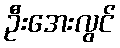
ဦးအေးလွင်